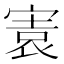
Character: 㝨